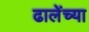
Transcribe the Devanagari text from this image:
ढालेंच्या